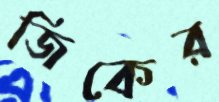
জিকের